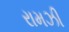
રામઝી